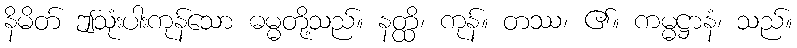
နိမိတ် ဤသုံးပါးကုန်သော ဓမ္မတို့သည်။ နတ္ထိ၊ ကုန်။ တဿ၊ ၏။ ကမ္မဋ္ဌာနံ၊ သည်။